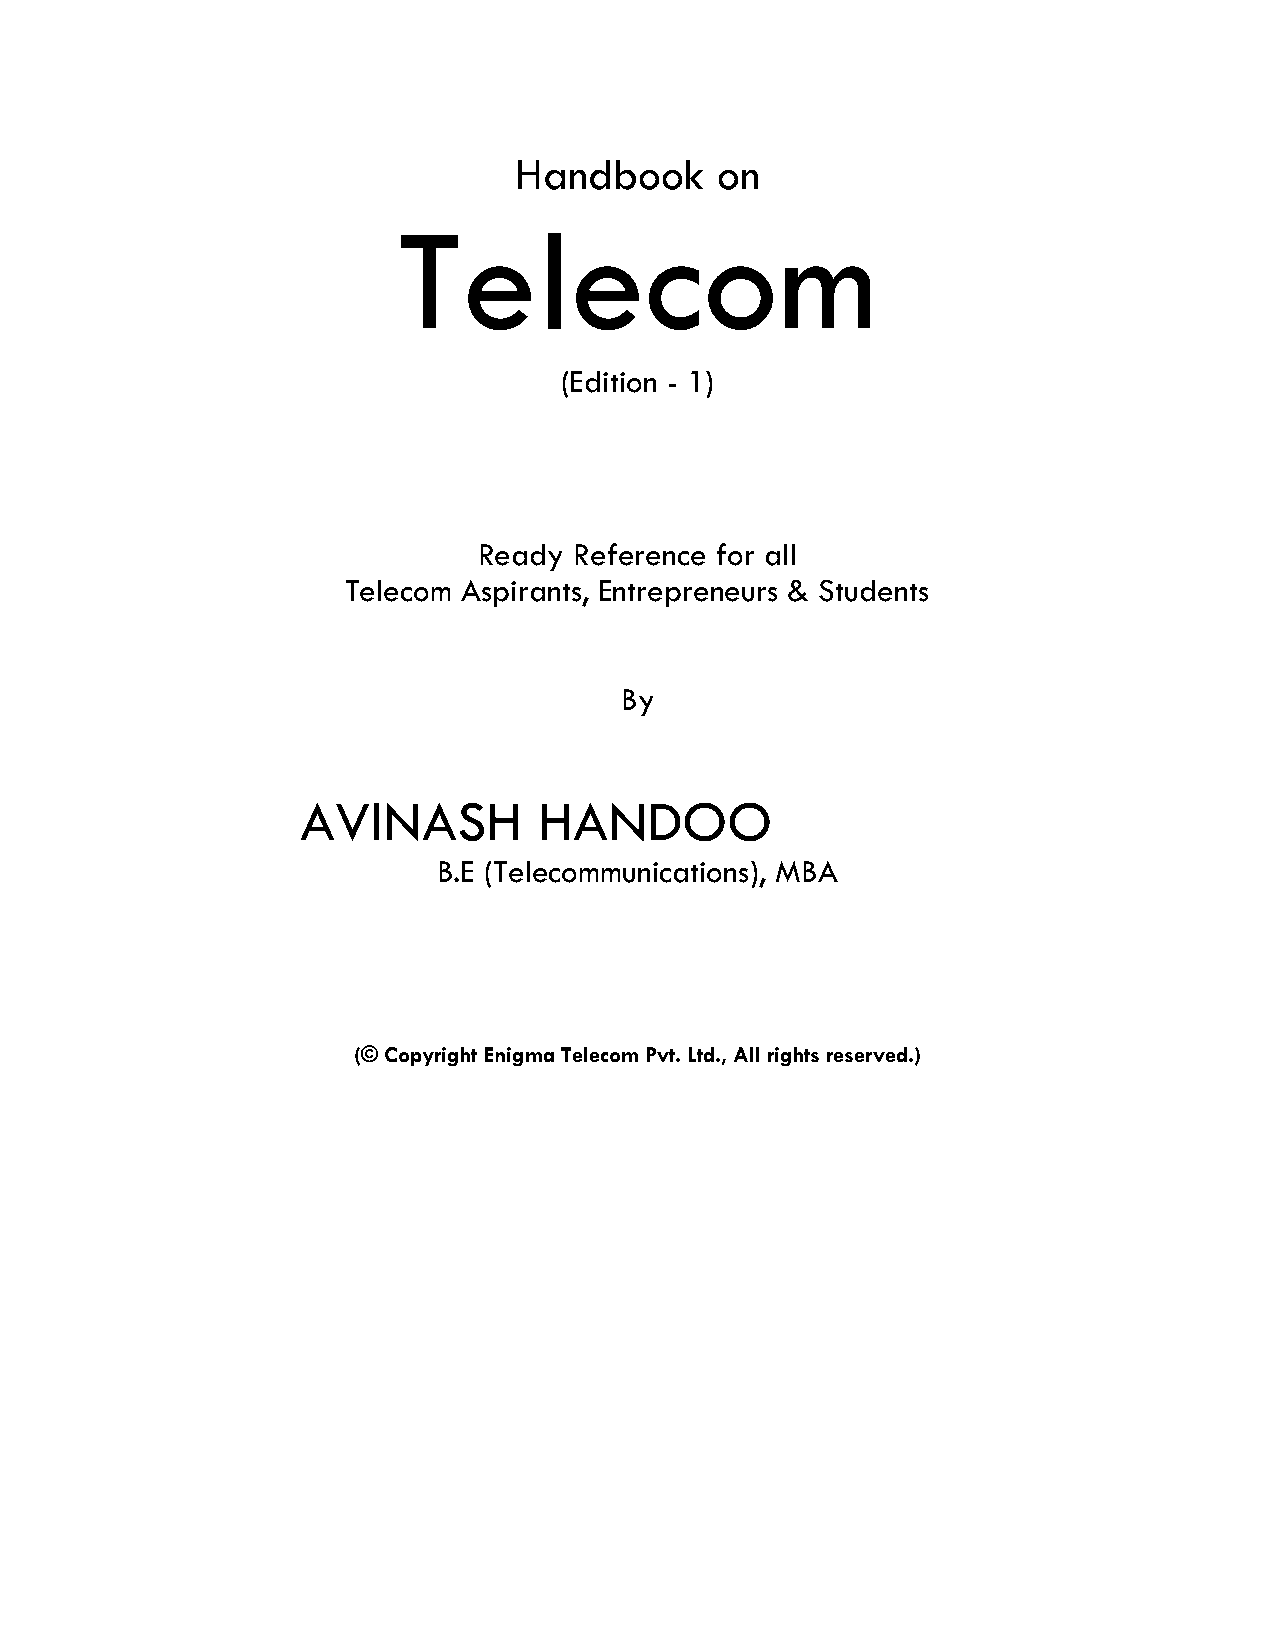
Handbook     on
 Telecom
 (Edition - 1)
 Ready Reference for all
 Telecom Aspirants, Entrepreneurs & Students
 By
 AVINASH         HANDOO
 B.E (Telecommunications), MBA
 (© Copyright Enigma Telecom Pvt. Ltd., All rights reserved.)